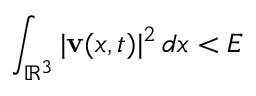
\int _ { \mathbb { R } ^ { 3 } } \vert \mathbf { v } ( x , t ) \vert ^ { 2 } \, d x < E